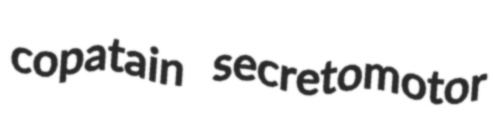
copatain secretomotor